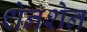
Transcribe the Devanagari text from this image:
शेनशेन